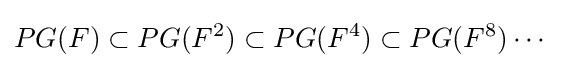
PG(F)\subset PG(F^{2})\subset PG(F^{4})\subset PG(F^{8})\cdots